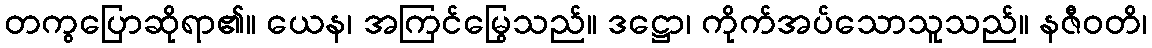
တကွပြောဆိုရာ၏။ ယေန၊ အကြင်မြွေသည်။ ဒဋ္ဌော၊ ကိုက်အပ်သောသူသည်။ နဇီဝတိ၊